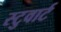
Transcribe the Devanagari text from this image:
स्टुवार्ट